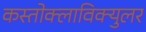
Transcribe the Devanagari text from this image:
कस्तोक्लाविक्युलर